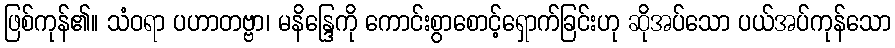
ဖြစ်ကုန်၏။ သံဝရာ ပဟာတဗ္ဗာ၊ မနိန္ဒြေကို ကောင်းစွာစောင့်ရှောက်ခြင်းဟု ဆိုအပ်သော ပယ်အပ်ကုန်သော